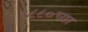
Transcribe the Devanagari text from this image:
१८८०च्या